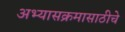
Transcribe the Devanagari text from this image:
अभ्यासक्रमासाठीचे